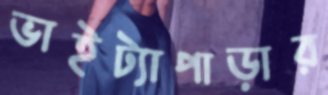
ভাইট্যাপাড়ার